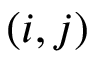
( i , j )